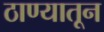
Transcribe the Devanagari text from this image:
ठाण्यातून